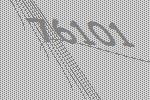
76101